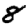
Digit: 8